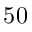
5 0